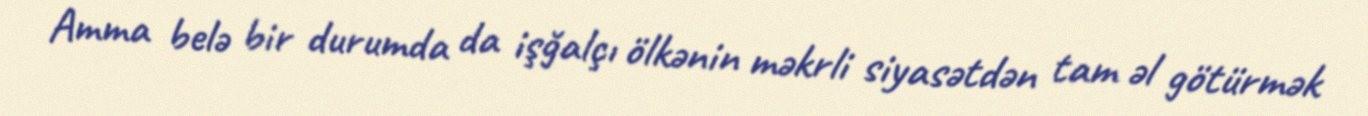
Amma belə bir durumda da işğalçı ölkənin məkrli siyasətdən tam əl götürmək